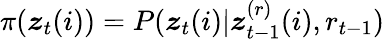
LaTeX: \pi(\boldsymbol{z}_{t}(i))=P(\boldsymbol{z}_{t}(i)|\boldsymbol{z}_{t-1}^{(r)}(i),r_{t-1})